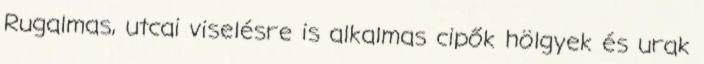
Rugalmas, utcai viselésre is alkalmas cipők hölgyek és urak